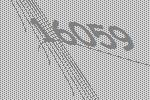
16059